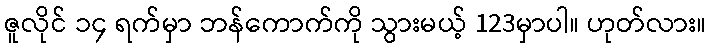
ဇူလိုင် ၁၄ ရက်မှာ ဘန်ကောက်ကို သွားမယ့် 123မှာပါ။ ဟုတ်လား။